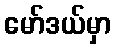
မော်ဒယ်မှာ